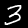
Label: 3